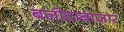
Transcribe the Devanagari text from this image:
बलोदाबाजार